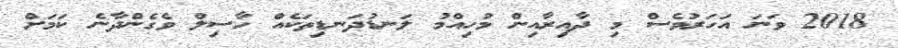
2018 ވަނަ އަހަރުވެސް މި ދާއިރާއިން މުހިއްމު ލަނޑުދަނޑިތަކެއް ހާސިލް ވެގެންދާނެ ކަމަށް